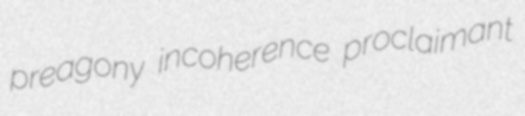
preagony incoherence proclaimant